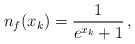
\begin{align*} n_f (x_k) = {1 \over { e^{x_k} + 1} }\,,\end{align*}